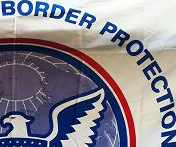
BORDER PROTECTION